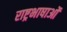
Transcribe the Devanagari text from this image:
राष्ट्रभाषाओं